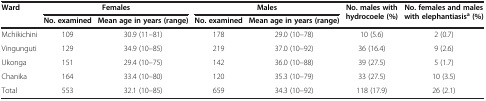
| Ward | <COLSPAN=2> Females | <COLSPAN=2> Males | No. males with hydrocoele (%) | No. females and males with elephantiasisa (%) |
 |  | No. examined | Mean age in years (range) | No. examined | Mean age in years (range) |  |  |
 | --- | --- | --- | --- | --- | --- | --- |
 | Mchikichini | 109 | 30.9 (11–81) | 178 | 29.0 (10–78) | 10 (5.6) | 2 (0.7) |
 | Vingunguti | 129 | 34.9 (10–85) | 219 | 37.0 (10–92) | 36 (16.4) | 9 (2.6) |
 | Ukonga | 151 | 29.4 (10–75) | 142 | 36.0 (10–88) | 39 (27.5) | 5 (1.7) |
 | Chanika | 164 | 33.4 (10–80) | 120 | 35.3 (10–79) | 33 (27.5) | 10 (3.5) |
 | Total | 553 | 32.1 (10–85) | 659 | 34.3 (10–92) | 118 (17.9) | 26 (2.1) |